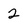
Character: 2